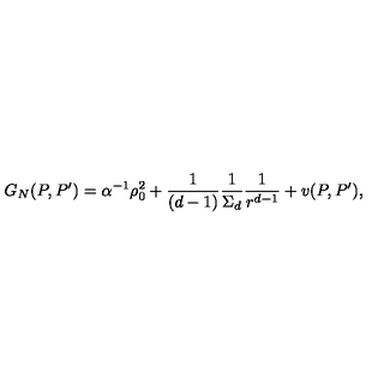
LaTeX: G _ { N } ( P , P ^ { \prime } ) = \alpha ^ { - 1 } \rho _ { 0 } ^ { 2 } + { \frac { 1 } { ( d - 1 ) } } { \frac { 1 } { \Sigma _ { d } } } { \frac { 1 } { r ^ { d - 1 } } } + v ( P , P ^ { \prime } ) ,